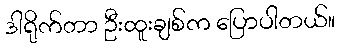
ဒါရိုက်တာ ဦးထူးချစ်က ပြောပါတယ်။